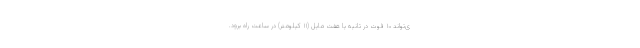
ی‌تواند ۱۰ فوت در ثانیه یا هفت مایل (۱۱ کیلومتر) در ساعت راه برود.